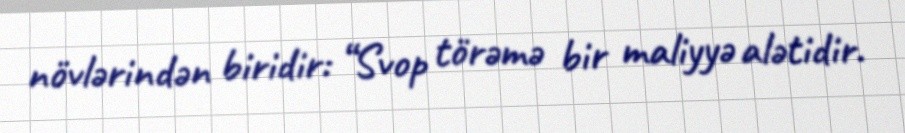
növlərindən biridir: “Svop törəmə bir maliyyə alətidir.